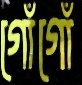
গোঁগোঁ